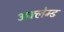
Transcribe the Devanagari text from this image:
अक्लेम्ड